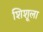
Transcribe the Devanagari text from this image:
शिशूला